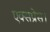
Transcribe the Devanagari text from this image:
एक्‍सप्रेस।